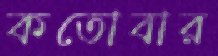
কতোবার